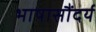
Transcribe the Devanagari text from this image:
भाषासौंदर्य